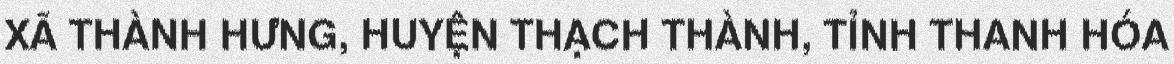
XÃ THÀNH HƯNG, HUYỆN THẠCH THÀNH, TỈNH THANH HÓA